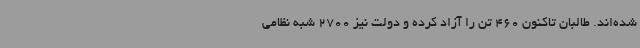
شده‌اند. طالبان تاکنون 460 تن را آزاد کرده و دولت نیز 2700 شبه نظامی